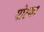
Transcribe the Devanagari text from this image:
पोत्या